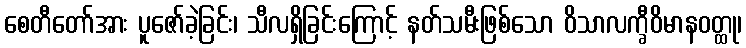
စေတီတော်အား ပူဇော်ခဲ့ခြင်း၊ သီလရှိခြင်းကြောင့် နတ်သမီးဖြစ်သော ဝိသာလက္ခီဝိမာနဝတ္ထု၊